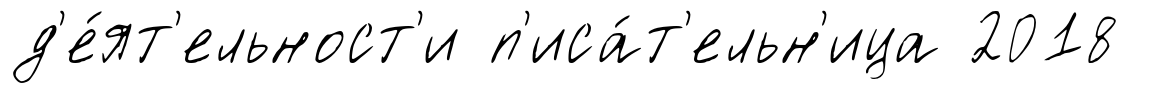
д'е́ят'ельност'и п'иса́т'ельн'ица 2018